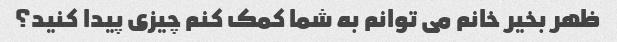
ظهر بخیر خانم می توانم به شما کمک کنم چیزی پیدا کنید؟